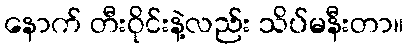
နောက် တီးဝိုင်းနဲ့လည်း သိပ်မနီးတာ။